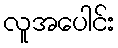
လူအပေါင်း